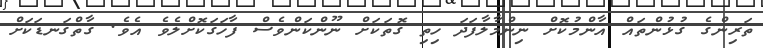
ތަރިންގެ ގުޅުންތައް އާންމުކޮށް ނިންމާލާފަދަ ހިތި ގޮތަކަށް ނޫންކަންވެސް ފާހަގަކޮށްލެވެ އެވެ. ގާތްގަނޑަކަށް